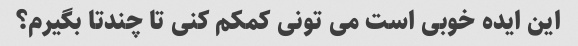
این ایده خوبی است می تونی کمکم کنی تا چندتا بگیرم؟